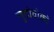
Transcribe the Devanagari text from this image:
लुदोवोको